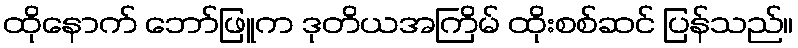
ထိုနောက် ဘော်ဖြူက ဒုတိယအကြိမ် ထိုးစစ်ဆင် ပြန်သည်။